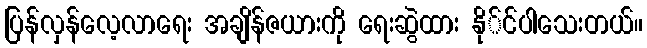
ပြန်လှန်လေ့လာရေး အချိန်ဇယားကို ရေးဆွဲထား နို်င်ပါသေးတယ်။